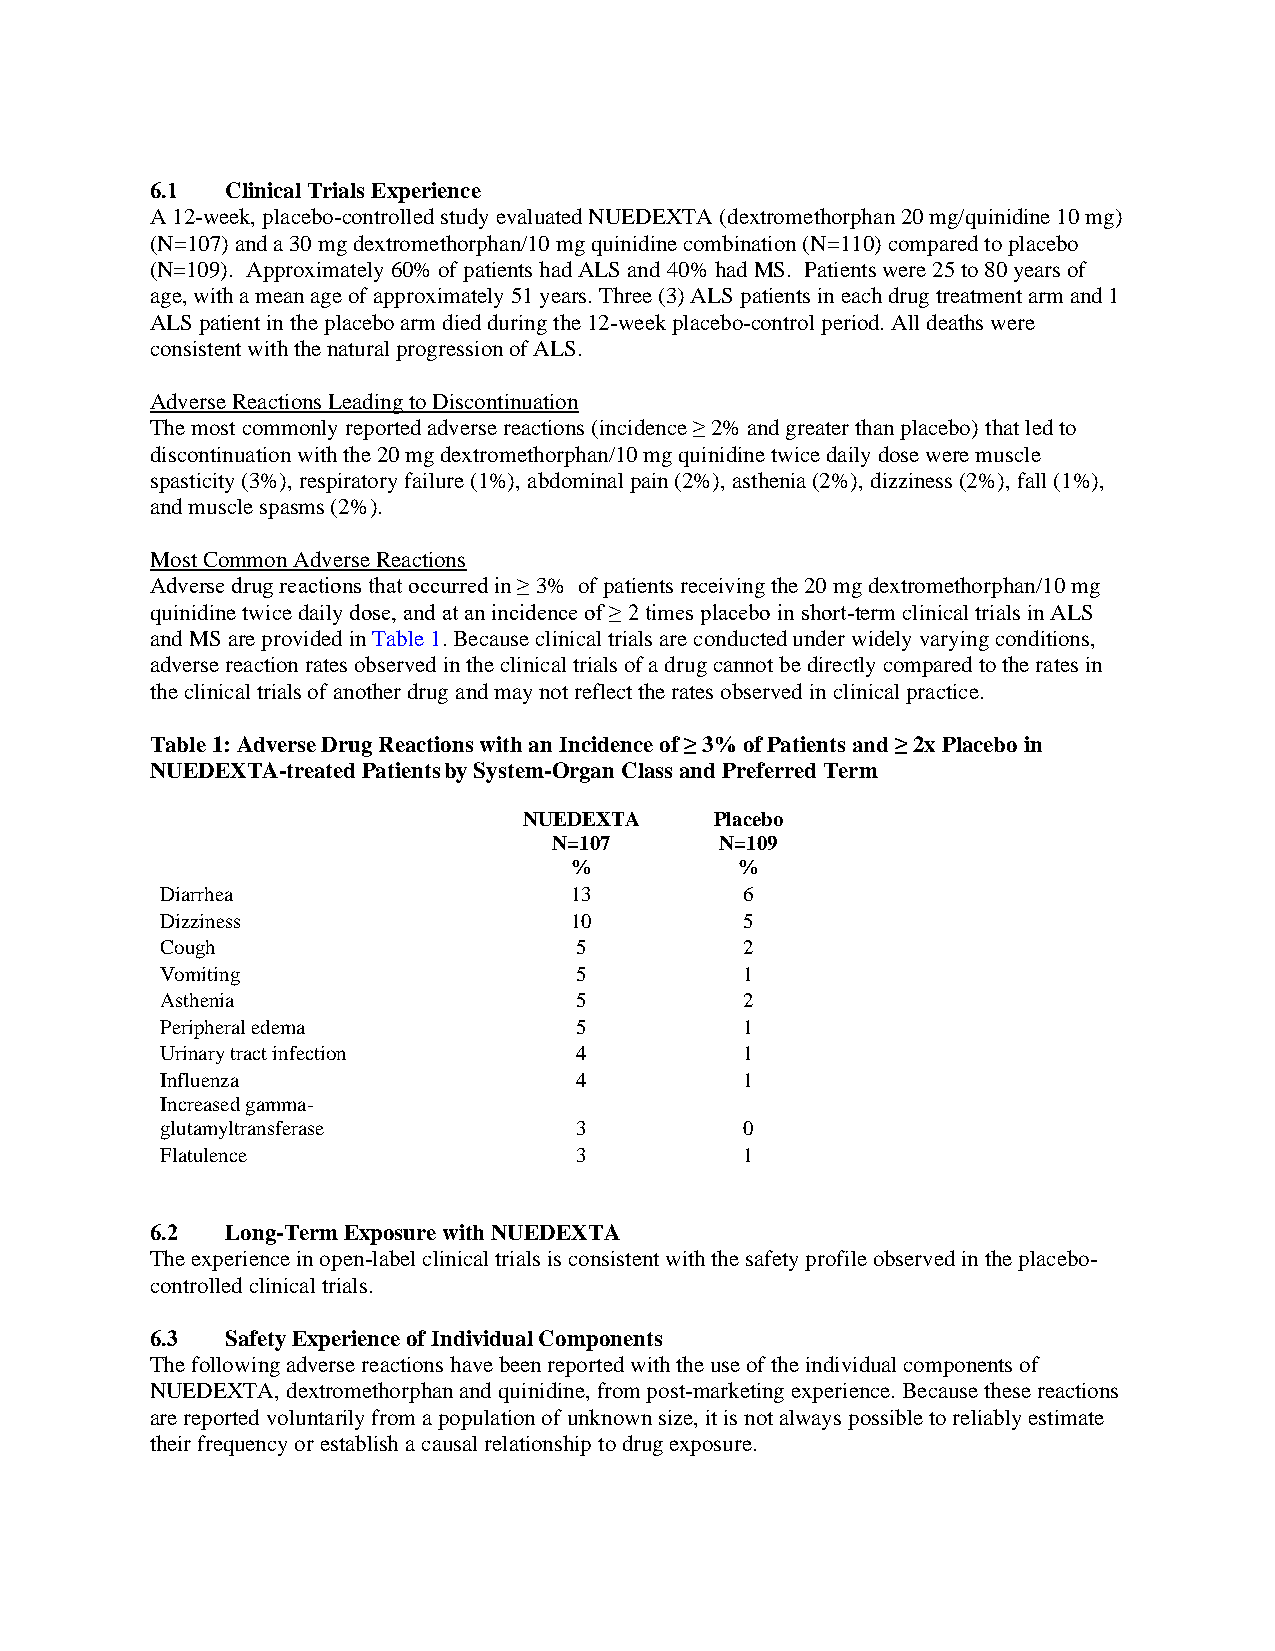
6.1  Clinical Trials Experience
 A 12-week, placebo-controlled study evaluated NUEDEXTA (dextromethorphan 20 mg/quinidine 10 mg)
 (N=107) and a 30 mg dextromethorphan/10 mg quinidine combination (N=110) compared to placebo
 (N=109). Approximately 60% of patients had ALS and 40% had MS. Patients were 25 to 80 years of
 age, with a mean age of approximately 51 years. Three (3) ALS patients in each drug treatment arm and 1
 ALS patient in the placebo arm died during the 12-week placebo-control period. All deaths were
 consistent with the natural progression of ALS.
 Adverse Reactions Leading to Discontinuation
 The most commonly reported adverse reactions (incidence ≥ 2% and greater than placebo) that led to
 discontinuation with the 20 mg dextromethorphan/10 mg quinidine twice daily dose were muscle
 spasticity (3%), respiratory failure (1%), abdominal pain (2%), asthenia (2%), dizziness (2%), fall (1%),
 and muscle spasms (2%).
 Most Common Adverse Reactions
 Adverse drug reactions that occurred in ≥ 3% of patients receiving the 20 mg dextromethorphan/10 mg
 quinidine twice daily dose, and at an incidence of ≥ 2 times placebo in short-term clinical trials in ALS
 and MS are provided in Table 1. Because clinical trials are conducted under widely varying conditions,
 adverse reaction rates observed in the clinical trials of a drug cannot be directly compared to the rates in
 the clinical trials of another drug and may not reflect the rates observed in clinical practice.
 Table 1: Adverse Drug Reactions with an Incidence of ≥ 3% of Patients and ≥ 2x Placebo in
 NUEDEXTA-treated Patients by System-Organ Class and Preferred Term
 NUEDEXTA    Placebo
 N=107      N=109
 %          %
 Diarrhea                   13         6
 Dizziness                  10         5
 Cough                      5          2
 Vomiting                   5          1
 Asthenia                   5          2
 Peripheral edema           5          1
 Urinary tract infection    4          1
 Influenza                  4          1
 Increased gamma-
 glutamyltransferase        3          0
 Flatulence                 3          1
 6.2  Long-Term Exposure with NUEDEXTA
 The experience in open-label clinical trials is consistent with the safety profile observed in the placebo-
 controlled clinical trials.
 6.3  Safety Experience of Individual Components
 The following adverse reactions have been reported with the use of the individual components of
 NUEDEXTA, dextromethorphan and quinidine, from post-marketing experience. Because these reactions
 are reported voluntarily from a population of unknown size, it is not always possible to reliably estimate
 their frequency or establish a causal relationship to drug exposure.